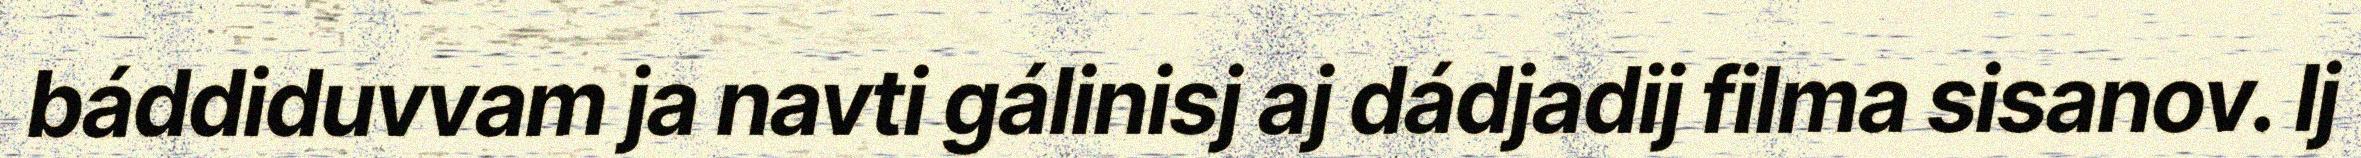
báddiduvvam ja navti gálinisj aj dádjadij filma sisanov. Ij